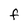
Character: F